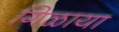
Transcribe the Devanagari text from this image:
गिळाया